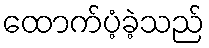
ထောက်ပံ့ခဲ့သည်